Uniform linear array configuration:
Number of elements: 16
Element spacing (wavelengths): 0.75
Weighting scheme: hamming
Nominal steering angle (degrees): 15
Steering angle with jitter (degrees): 13.693
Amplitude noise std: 0.05
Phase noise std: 0.05

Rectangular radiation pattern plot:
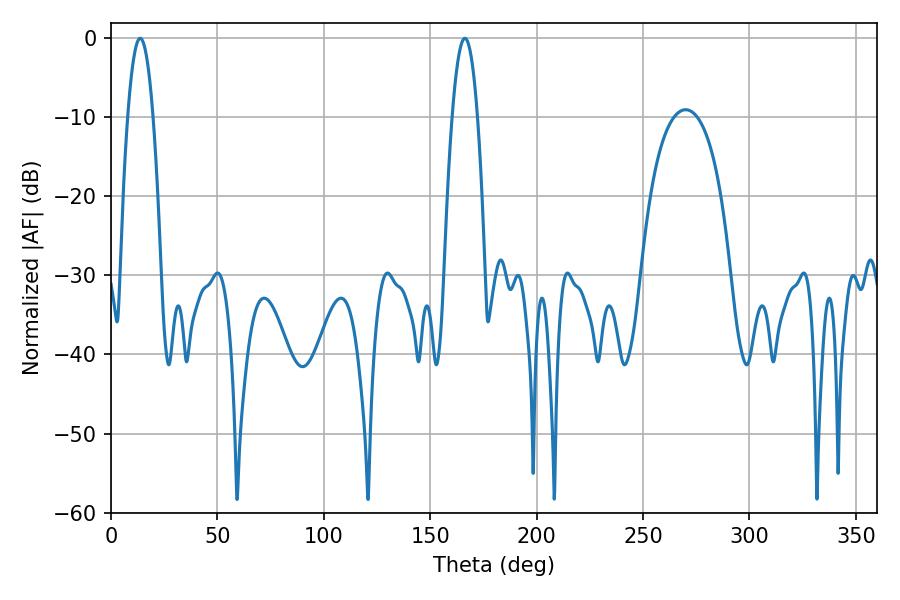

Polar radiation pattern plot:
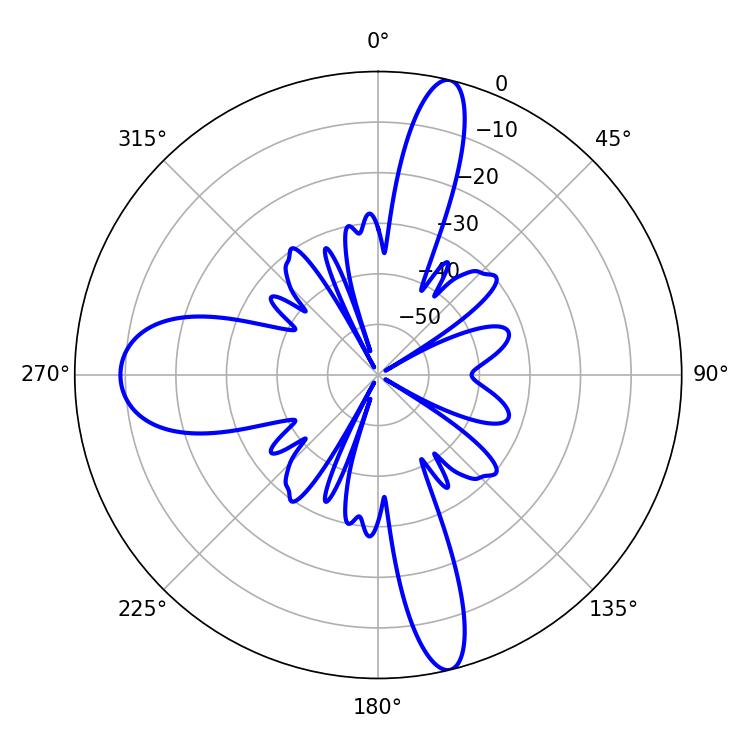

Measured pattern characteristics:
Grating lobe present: TRUE
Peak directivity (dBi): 20.797
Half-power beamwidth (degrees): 6.48
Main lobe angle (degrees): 13.68